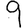
Digit: 9